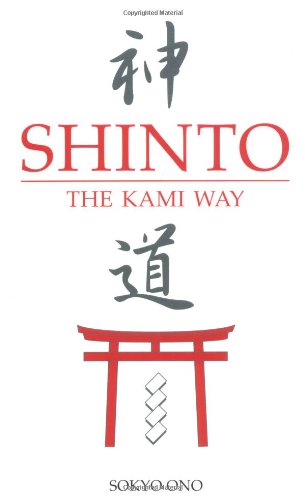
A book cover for Shinto the Kami Way; Sokyo Ono Ph.D.; Religion & Spirituality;